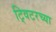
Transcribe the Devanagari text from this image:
ट्विटरच्या